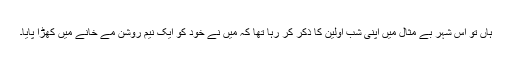
ہاں تو اس شہرِ بے مثال میں اپنی شبِ اوّلین کا ذکر کر رہا تھا کہ میں نے خود کو ایک نیم روشن مے خانے میں کھڑا پایا۔